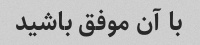
با آن موفق باشید